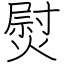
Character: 熨